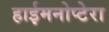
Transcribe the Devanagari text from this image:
हाईमनोप्टेरा